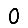
Digit: 0